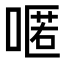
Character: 𠽋